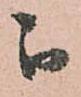
被